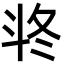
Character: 𣁲